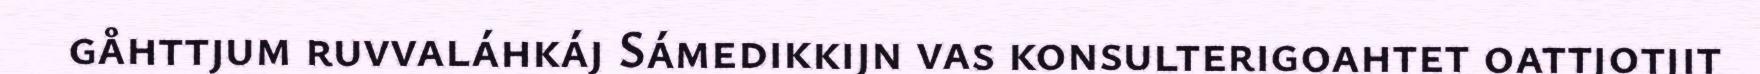
gåhttjum ruvvaláhkáj Sámedikkijn vas konsulterigoahtet oattjotjit